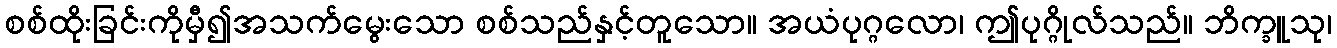
စစ်ထိုးခြင်းကိုမှီ၍အသက်မွေးသော စစ်သည်နှင့်တူသော။ အယံပုဂ္ဂလော၊ ဤပုဂ္ဂိုလ်သည်။ ဘိက္ခူသု၊